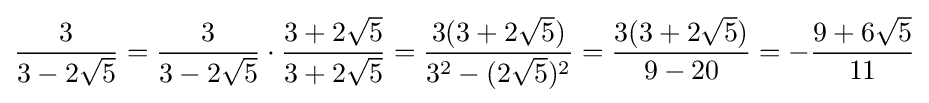
{\frac {3}{3-2{\sqrt {5}}}}={\frac {3}{3-2{\sqrt {5}}}}\cdot {\frac {3+2{\sqrt {5}}}{3+2{\sqrt {5}}}}={\frac {3(3+2{\sqrt {5}})}{{3}^{2}-(2{\sqrt {5}})^{2}}}={\frac {3(3+2{\sqrt {5}})}{9-20}}=-{\frac {9+6{\sqrt {5}}}{11}}